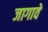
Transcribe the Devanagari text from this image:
जागावे